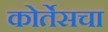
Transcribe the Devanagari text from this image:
कोर्तेसचा